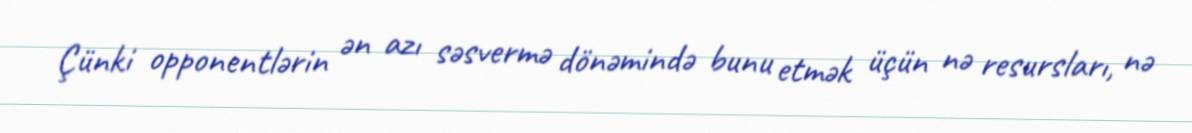
Çünki opponentlərin ən azı səsvermə dönəmində bunu etmək üçün nə resursları, nə